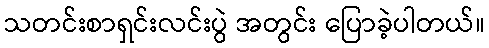
သတင်းစာရှင်းလင်းပွဲ အတွင်း ပြောခဲ့ပါတယ်။